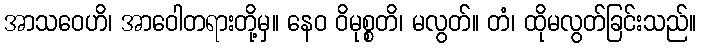
အာသဝေဟိ၊ အာဝေါတရားတို့မှ။ နေဝ ဝိမုစ္စတိ၊ မလွတ်။ တံ၊ ထိုမလွတ်ခြင်းသည်။